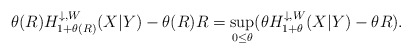
\begin{align*}\theta(R ) H_{1+\theta(R )}^{\downarrow,W}(X|Y) - \theta(R ) R =\sup_{0 \le \theta } (\theta H_{1+\theta}^{\downarrow,W}(X|Y)- \theta R).\end{align*}